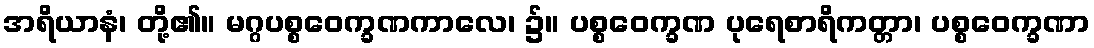
အရိယာနံ၊ တို့၏။ မဂ္ဂပစ္စဝေက္ခဏကာလေ၊ ၌။ ပစ္စဝေက္ခဏ ပုရေစာရိကတ္တာ၊ ပစ္စဝေက္ခဏာ